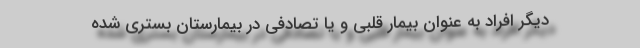
دیگر افراد به عنوان بیمار قلبی و یا تصادفی در بیمارستان بستری شده